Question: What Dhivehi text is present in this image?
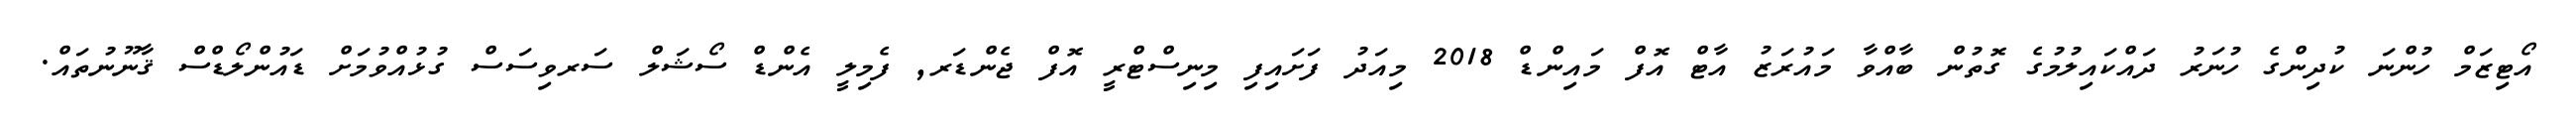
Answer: އޯޓިޒަމް ހުންނަ ކުދިންގެ ހުނަރު ދައްކައިލުމުގެ ގޮތުން ބާއްވާ މައުރަޒު އާޓް އޮފް މައިންޑް 2018 މިއަދު ފަށައިފި މިނިސްޓްރީ އޮފް ޖެންޑަރ, ފެމިލީ އެންޑް ސޯޝަލް ސަރވިސަސް ގުޅުއްވުމަށް ޑައުންލޯޑްސް ޤާނޫނުތައް.